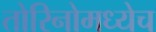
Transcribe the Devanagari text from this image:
तोरिनोमध्येच